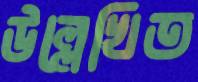
উল্লেখিত